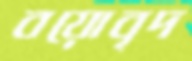
বয়োবৃদ